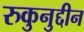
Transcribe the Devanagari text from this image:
रुकुनुद्दीन